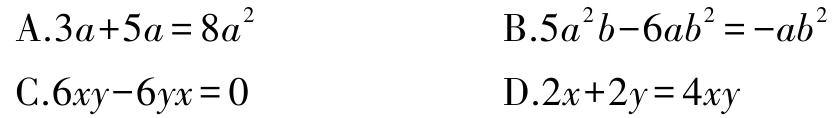
A.$3a + 5a = 8a^{2}$

B.$5a^{2}b - 6ab^{2}=-ab^{2}$

C.$6xy - 6yx = 0$

D.$2x + 2y = 4xy$